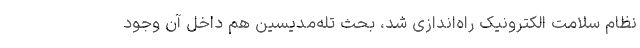
نظام سلامت الکترونیک راه‌اندازی شد، بحث تله‌مدیسین هم داخل آن وجود